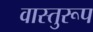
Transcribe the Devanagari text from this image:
वास्तुरूप